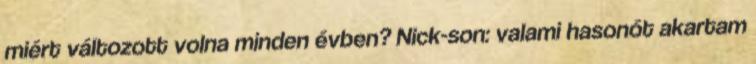
miért változott volna minden évben? Nick-son: valami hasonót akartam